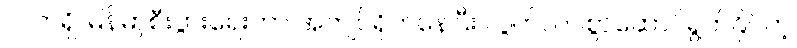
လက်ရှိ မြန်မာ့စီးပွားရေးဟာ အကျပ်ရိုက်နေပြီး လွတ်လပ်စွာဆောင်ရွက်နိုင်တဲ့